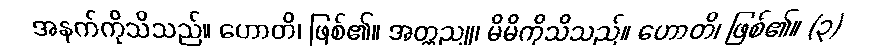
အနက်ကိုသိသည်။ ဟောတိ၊ ဖြစ်၏။ အတ္တညူ၊ မိမိကိုသိသည်။ ဟောတိ၊ ဖြစ်၏။ (၃)